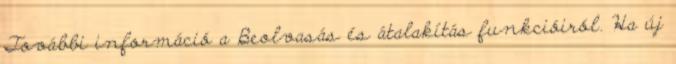
További információ a Beolvasás és átalakítás funkcióiról. Ha új